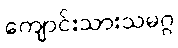
ကျောင်းသားသမဂ္ဂ